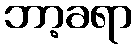
ဘာ့ခရာ